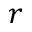
r